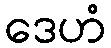
ဒေဟံ